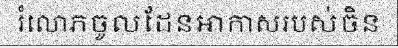
រំលោភចូលដែនអាកាសរបស់ចិន